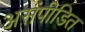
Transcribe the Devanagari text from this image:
असंपीडित